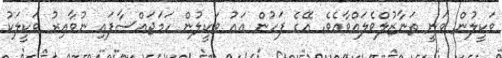
ވަކީލުން ވަނީ ތަނާޒުލްވެލައްވާއެވެ. އޭގެ ފަހުން އައު ވަކީލުން ހަމަޖައްސާފައި ނުވާއިރު ވަކީލަކު